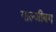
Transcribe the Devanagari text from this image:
गाल्जीबग